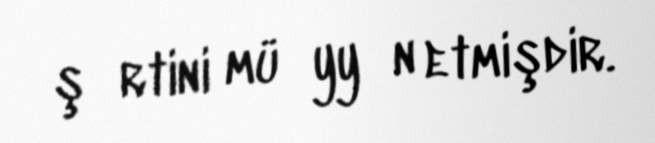
şәrtini müәyyәn etmişdir.